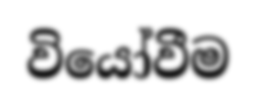
වියෝවීම